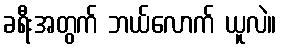
ခရီးအတွက် ဘယ်လောက် ယူလဲ။